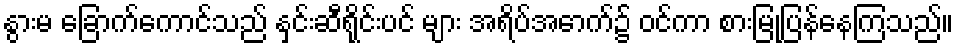
နွားမ ခြောက်ကောင်သည် နှင်းဆီရိုင်းပင် များ အရိပ်အောက်၌ ဝင်ကာ စားမြုံ့ပြန်နေကြသည်။